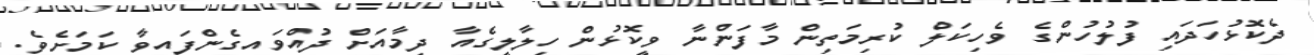
ދެކޮޅުހަދައި ފުލުހުންގެ ވެހިކަލް ކުރިމަތިން މާފަންނާ ވީކޮޅުން ހިލާލީގެއާ ދިމާއަށް ދުއްވައިގެންފައިވާ ކަމަށެވެ.